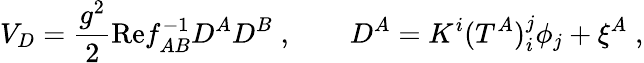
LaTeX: V_{D}=\frac{g^{2}}2\mathrm{Re}f_{AB}^{-1}D^{A}D^{B}\; ,\qquad D^{A}=K^{i}(T^{A})_{i}^{j}\phi_{j}+\xi^{A}\; ,